Black-water fever - Number 35
Disease focus: Fever
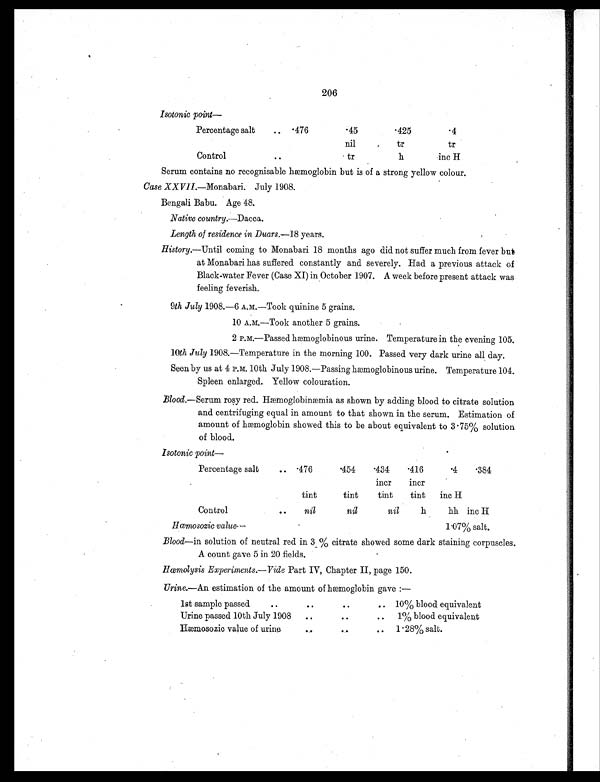
206
Isotonic point—
Percentage salt
.. . 4 7 6
.45
.425
.4
nil
tr
tr
Control
. .
tr
h
inc H
Serum contains no recognisable hæmoglobin but is of a strong yellow colour.
Case XXVII.—Monabari. July 1908.
Bengali Babu. Age 48.
Native country.—Dacca.
Length of residence in Duars.— 18 years.
History.—Until coming to Monabari 18 months ago did not suffer much from fever but
at Monabari has suffered constantly and severely. Had a previous attack of
Black-water Fever (Case XI) in October 1907. A week before present attack was
feeling feverish.
9th July 1908.—6 A.M.—Took quinine 5 grains.
10 A.M.—Took another 5 grains.
2 P.M.—Passed hæmoglobinous urine. Temperature in the evening 105.
10th July 1908.—Temperature in the morning 100. Passed very dark urine all day.
Seen by us at 4 P.M. 10th July 1908.—Passing hæmoglobinous urine. Temperature 104.
Spleen enlarged. Yellow colouration.
Blood.— S e r u m r o s y r e d . H æ m o g l o b i n æ m i a a s s h o w n b y a d d i n g b l o o d t o c i t r a t e s o l u t i o n
and centrifuging equal in amount to that shown in the serum. Estimation of
amount of hæmoglobin showed this to be about equivalent to 3.75% solution
of blood.
Isotonic point—
Percentage salt
..
. 4 7 6
.454
.434
incr
. 4 1 6
incr
.4
.384
tint
tint
tint
tint inc H
Control
..
nil
nil
nil
h
hh inc H
Hœmosozic value—
1.07% salt.
Blood—in solution of neutral red in 3% citrate showed some dark staining corpuscles.
A count gave 5 in 20 fields.
Hœmolysis Experiments. —Vide Part IV, Chapter II, page 150.
Urine.—An estimation of the amount of hæmoglobin gave :—
1st sample passed
. .
. .
. .
.. 10% blood equivalent
Urine passed 10th July 1908 ..
. .
.. 1% blood equivalent
Hæmosozic value of urine
. .
. .
. . 1.28% salt.